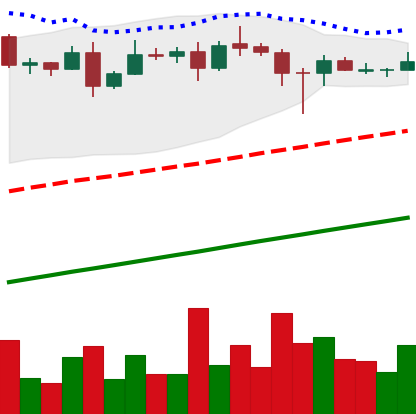
Ticker: ADA-USD
Chart end date: 2020-08-17
Forward return: -11.101%
Label: down_7plus